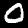
Label: 0